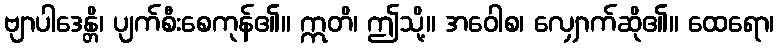
ဗျာပါဒေန္တိ၊ ပျက်စီးစေကုန်၏။ ဣတိ၊ ဤသို့။ အဝေါစ၊ လျှောက်ဆို၏။ ထေရော၊